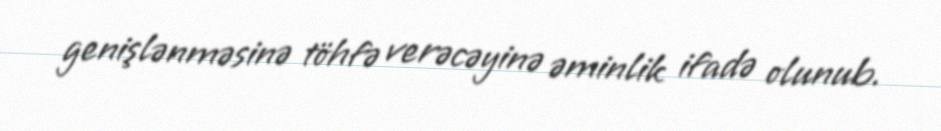
genişlənməsinə töhfə verəcəyinə əminlik ifadə olunub.